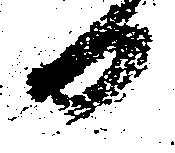
日